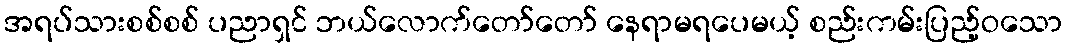
အရပ်သားစစ်စစ် ပညာရှင် ဘယ်လောက်တော်တော် နေရာမရပေမယ့် စည်းကမ်းပြည့်ဝသော